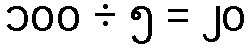
၁၀၀ ÷ ၅ = ၂၀